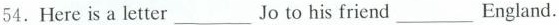
54.Here is a letter ___ Jo to his friend ___ England.